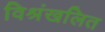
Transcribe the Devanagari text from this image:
विश्रंखलित